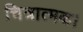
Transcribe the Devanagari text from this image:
चित्रात्मक।